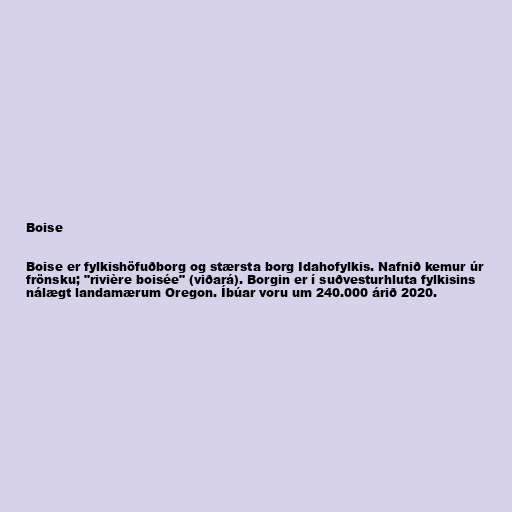
Boise

Boise er fylkishöfuðborg og stærsta borg Idahofylkis. Nafnið kemur úr
frönsku; "rivière boisée" (viðará). Borgin er í suðvesturhluta fylkisins
nálægt landamærum Oregon. Íbúar voru um 240.000 árið 2020.